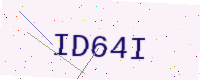
Text: ID64I